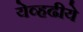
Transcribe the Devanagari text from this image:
येव्हढीये